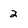
Character: 2